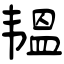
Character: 韫